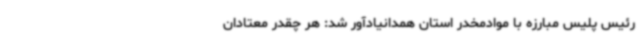
رئیس پلیس مبارزه با موادمخدر استان همدانیادآور شد: هر چقدر معتادان